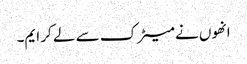
انھوں نے میٹرک سے لے کر ایم۔